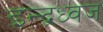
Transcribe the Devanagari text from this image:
इन्द्रध्वज